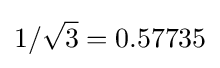
1/{\sqrt {3}}=0.57735